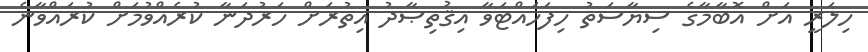
ހިލަރީ އަށް އޮބާމާގެ ސިޔާސަތު ހިފަހައްޓަވާ އިޤުތިޞާދު އިތުރަށް ހަރުދަނާ ކުރެއްވުމަށް ކުރައްވާނެ